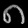
Digit: ၈